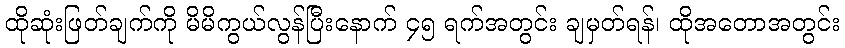
ထိုဆုံးဖြတ်ချက်ကို မိမိကွယ်လွန်ပြီးနောက် ၄၅ ရက်အတွင်း ချမှတ်ရန်၊ ထိုအတောအတွင်း